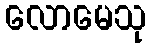
လောမေသု